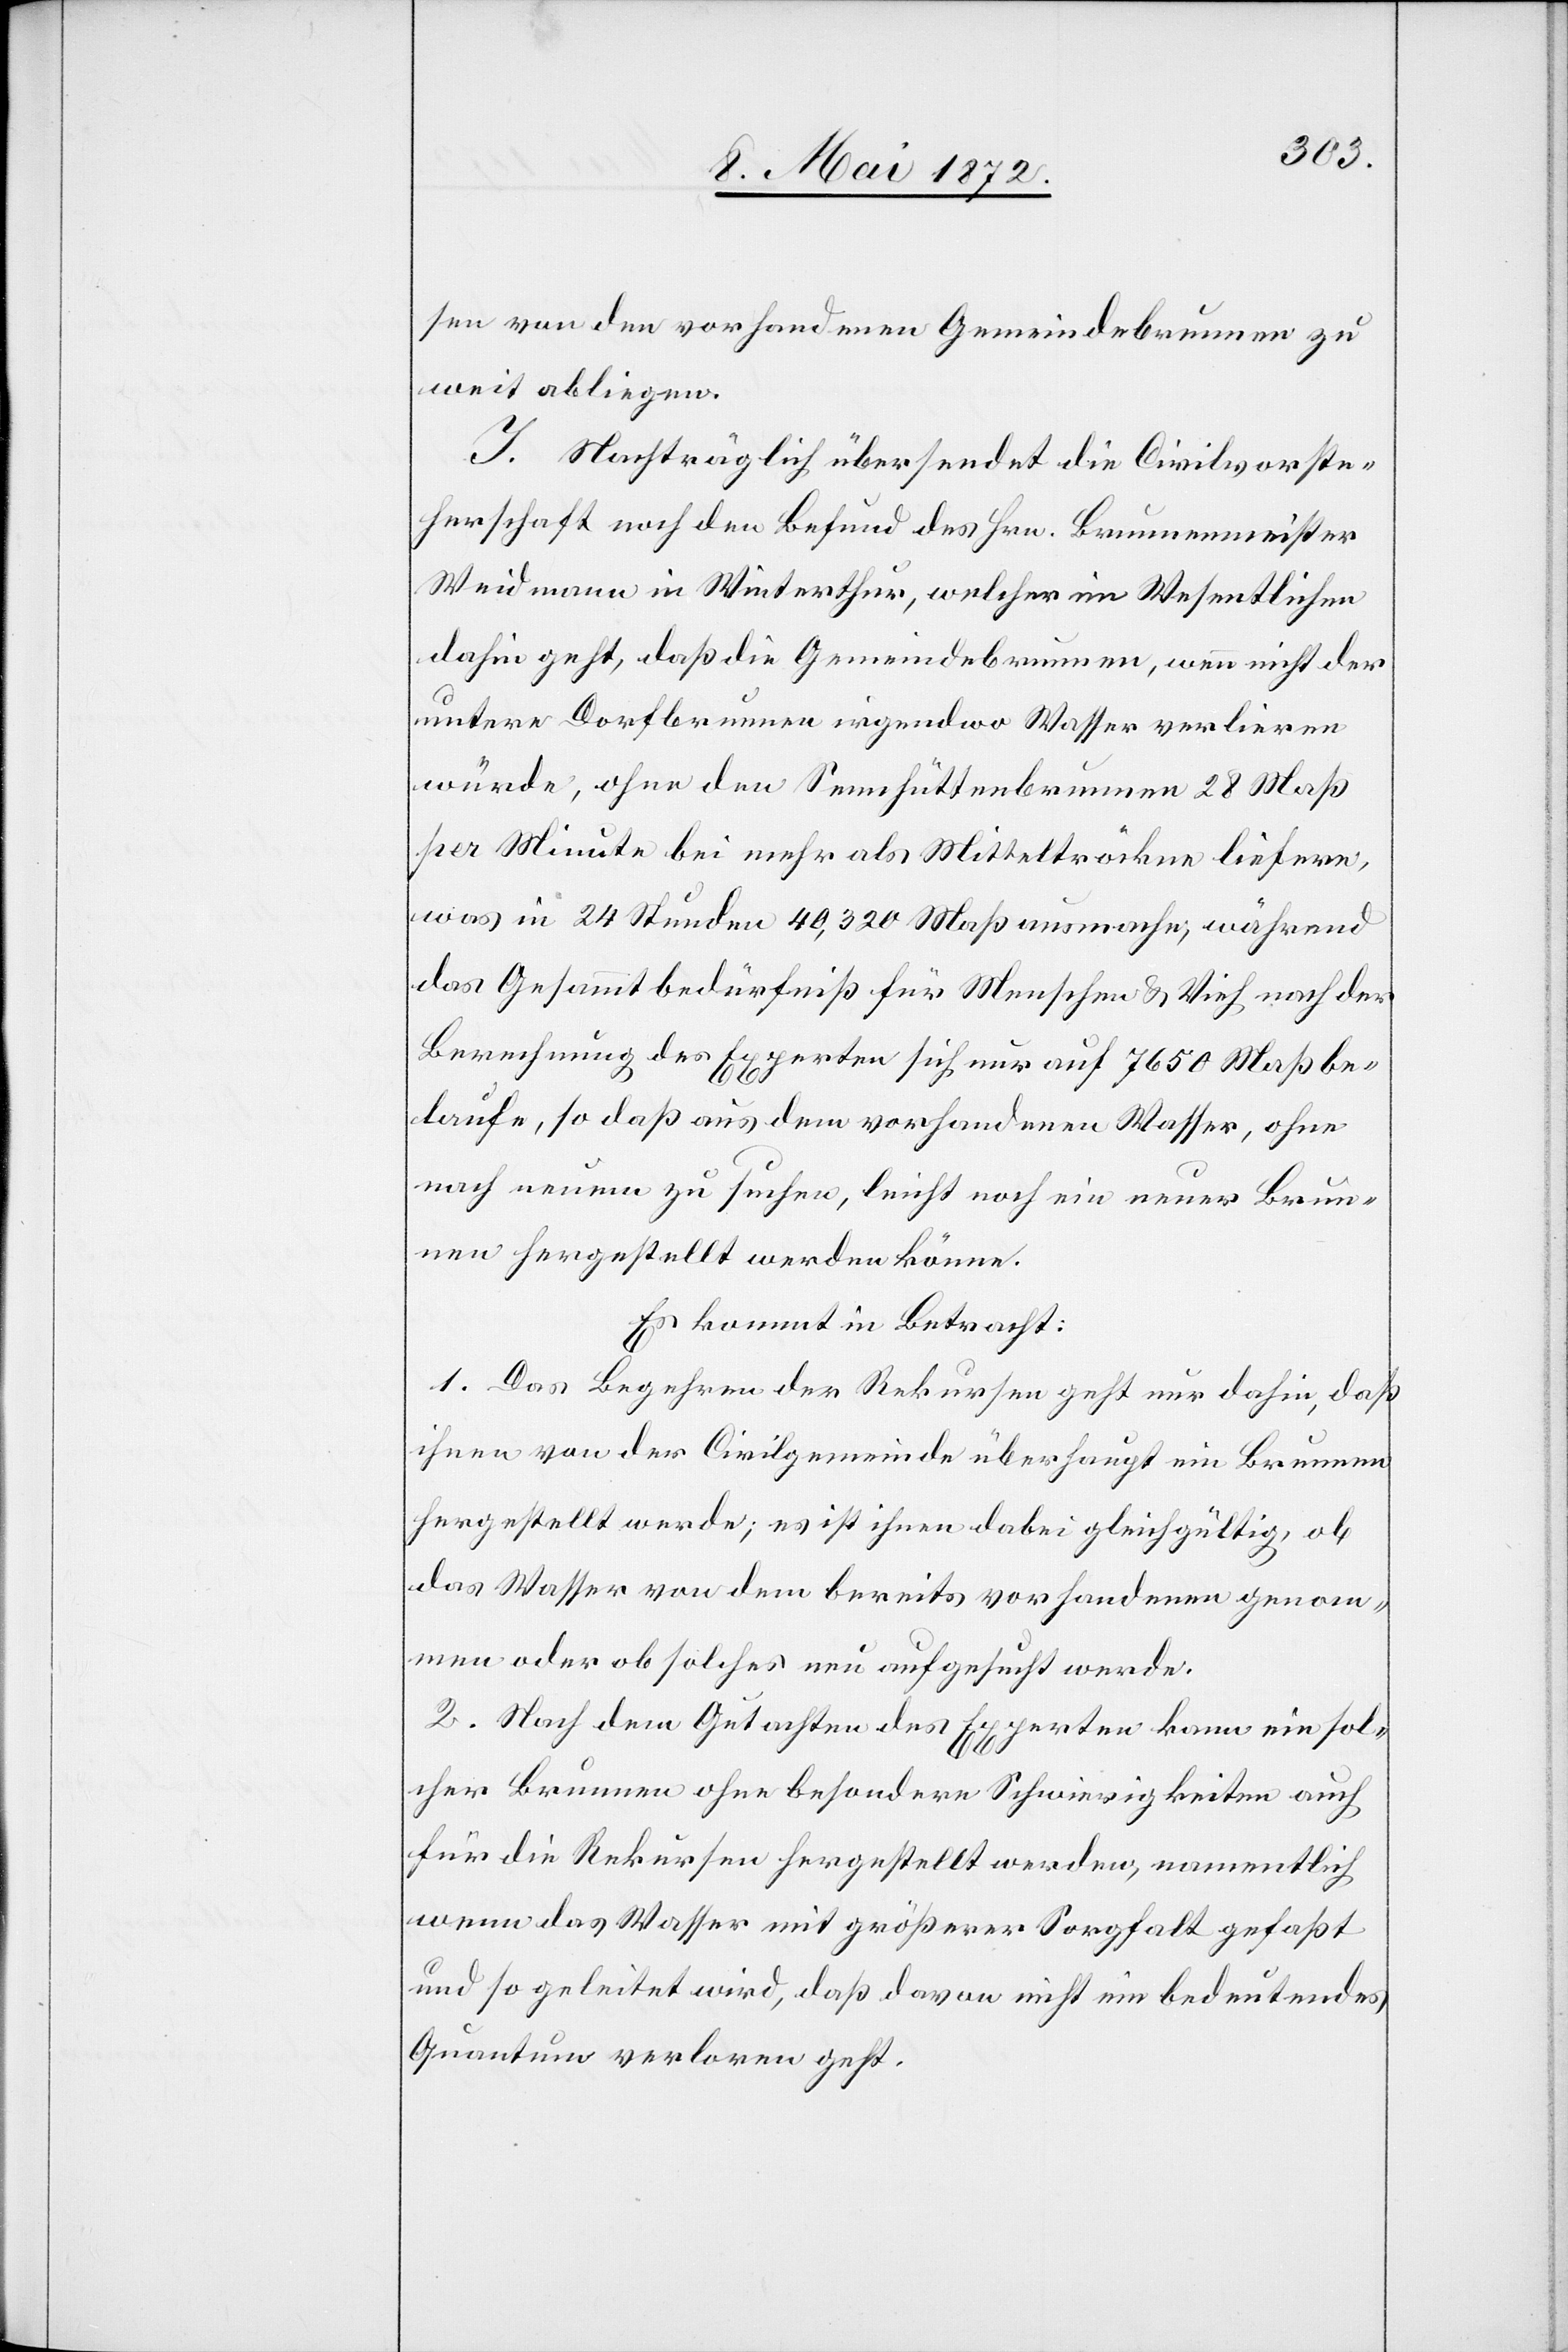
sen von den vorhandenen Gemeindebrunnen zu
weit abliegen.
I. Nachträglich übersendet die Civilvorste¬
herschaft noch den Befund des Hrn. Brunnenmeister
Weidmann in Winterthur, welcher im Wesentlichen
dahin geht, daß die Gemeindebrunnen, wenn nicht der
untere Dorfbrunnen irgendwo Wasser verlieren
würde, ohne den Sennhüttenbrunnen 28 Maß
per Minute bei mehr als Mitteltröckne liefere,
was in 24 Stunden 40,320 Maß ausmache, während
das Gesammtbedürfniß für Menschen u. Vieh nach der
Berechnung des Experten sich nur auf 7650 Maß be¬
laufe, so daß aus dem vorhandenen Wasser, ohne
nach neuem zu suchen, leicht noch ein neuer Brun¬
nen hergestellt werden könne.
Es kommt in Betracht:
1. Das Begehren der Rekursen geht zur dahin, daß
ihnen von der Civilgemeinde überhaupt ein Brunnen
hergestellt werde; es ist ihnen dabei gleichgültig, ob
das Wasser von dem bereits vorhandenen genom¬
men oder ob solches neu aufgesucht werde.
2. Nach dem Gutachten des Experten kann ein sol¬
cher Brunnen ohne besondere Schwierigkeiten auch
für die Rekursen hergestellt werden, namentlich
wenn das Wasser mit größerer Sorgfalt gefaßt
und so geleitet wird, daß davon nicht ein bedeutendes
Quantum verloren geht.